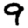
Digit: 9